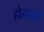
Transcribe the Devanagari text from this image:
होनावर्ते